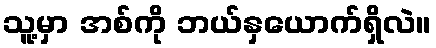
သူ့မှာ အစ်ကို ဘယ်နှယောက်ရှိလဲ။